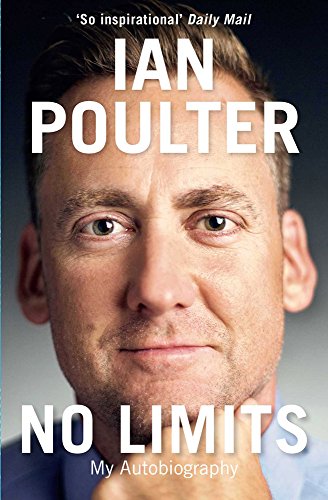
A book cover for No Limits: My Autobiography; Ian Poulter; Biographies & Memoirs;